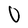
Character: O